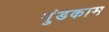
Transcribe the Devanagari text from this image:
गुंडकाम